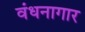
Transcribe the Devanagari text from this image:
वंधनागार